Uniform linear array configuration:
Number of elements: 16
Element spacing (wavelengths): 1
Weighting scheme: uniform
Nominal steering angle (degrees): -60
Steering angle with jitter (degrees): -60.859
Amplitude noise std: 0.05
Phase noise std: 0.05

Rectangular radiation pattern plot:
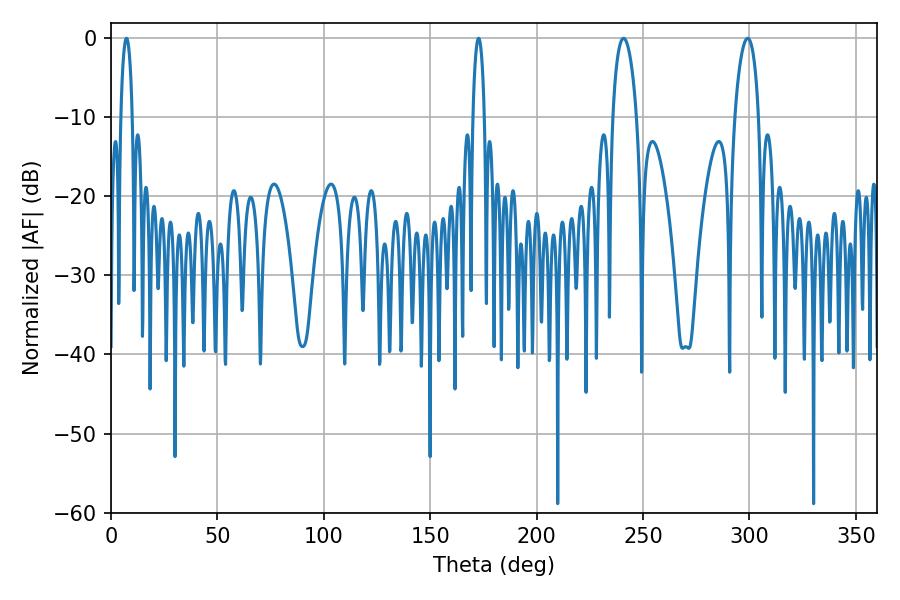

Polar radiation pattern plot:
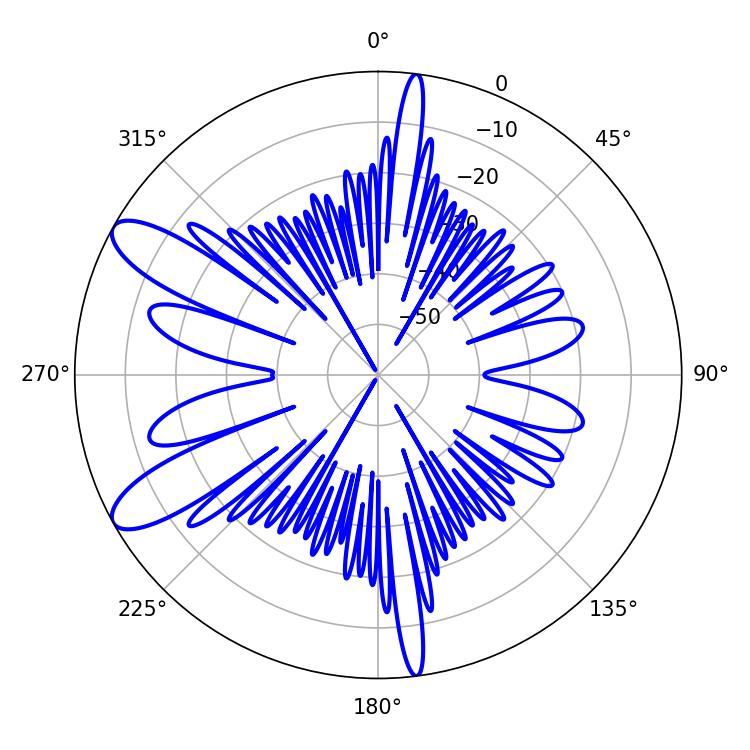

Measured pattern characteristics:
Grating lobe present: TRUE
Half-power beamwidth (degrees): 6.48
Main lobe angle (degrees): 240.84